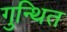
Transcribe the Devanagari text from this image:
गुन्थित